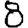
Digit: 8